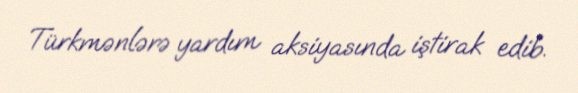
Türkmənlərə yardım aksiyasında iştirak edib.